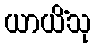
ယာယိံသု